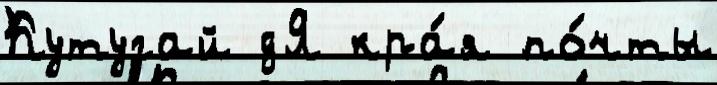
Кутугай дЯ кра́я по́чты